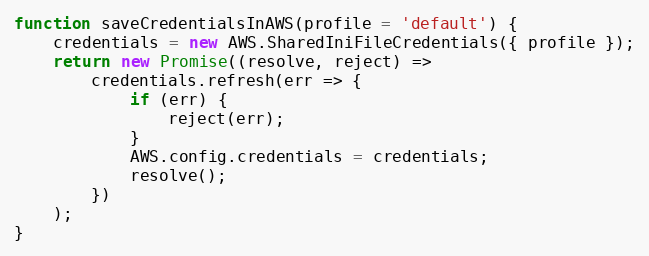
Language: JavaScript
function saveCredentialsInAWS(profile = 'default') {
    credentials = new AWS.SharedIniFileCredentials({ profile });
    return new Promise((resolve, reject) =>
        credentials.refresh(err => {
            if (err) {
                reject(err);
            }
            AWS.config.credentials = credentials;
            resolve();
        })
    );
}